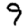
Digit: 9